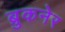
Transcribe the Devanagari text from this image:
ब्रुकनेर